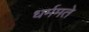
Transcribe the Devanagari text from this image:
धर्ममते